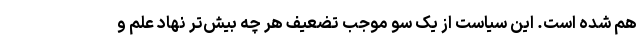
هم شده است. این سیاست از یک سو موجب تضعیف هر چه بیش‌تر نهاد علم و